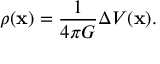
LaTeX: \rho ( \mathbf { x } ) = { \frac { 1 } { 4 \pi G } } \Delta V ( \mathbf { x } ) .